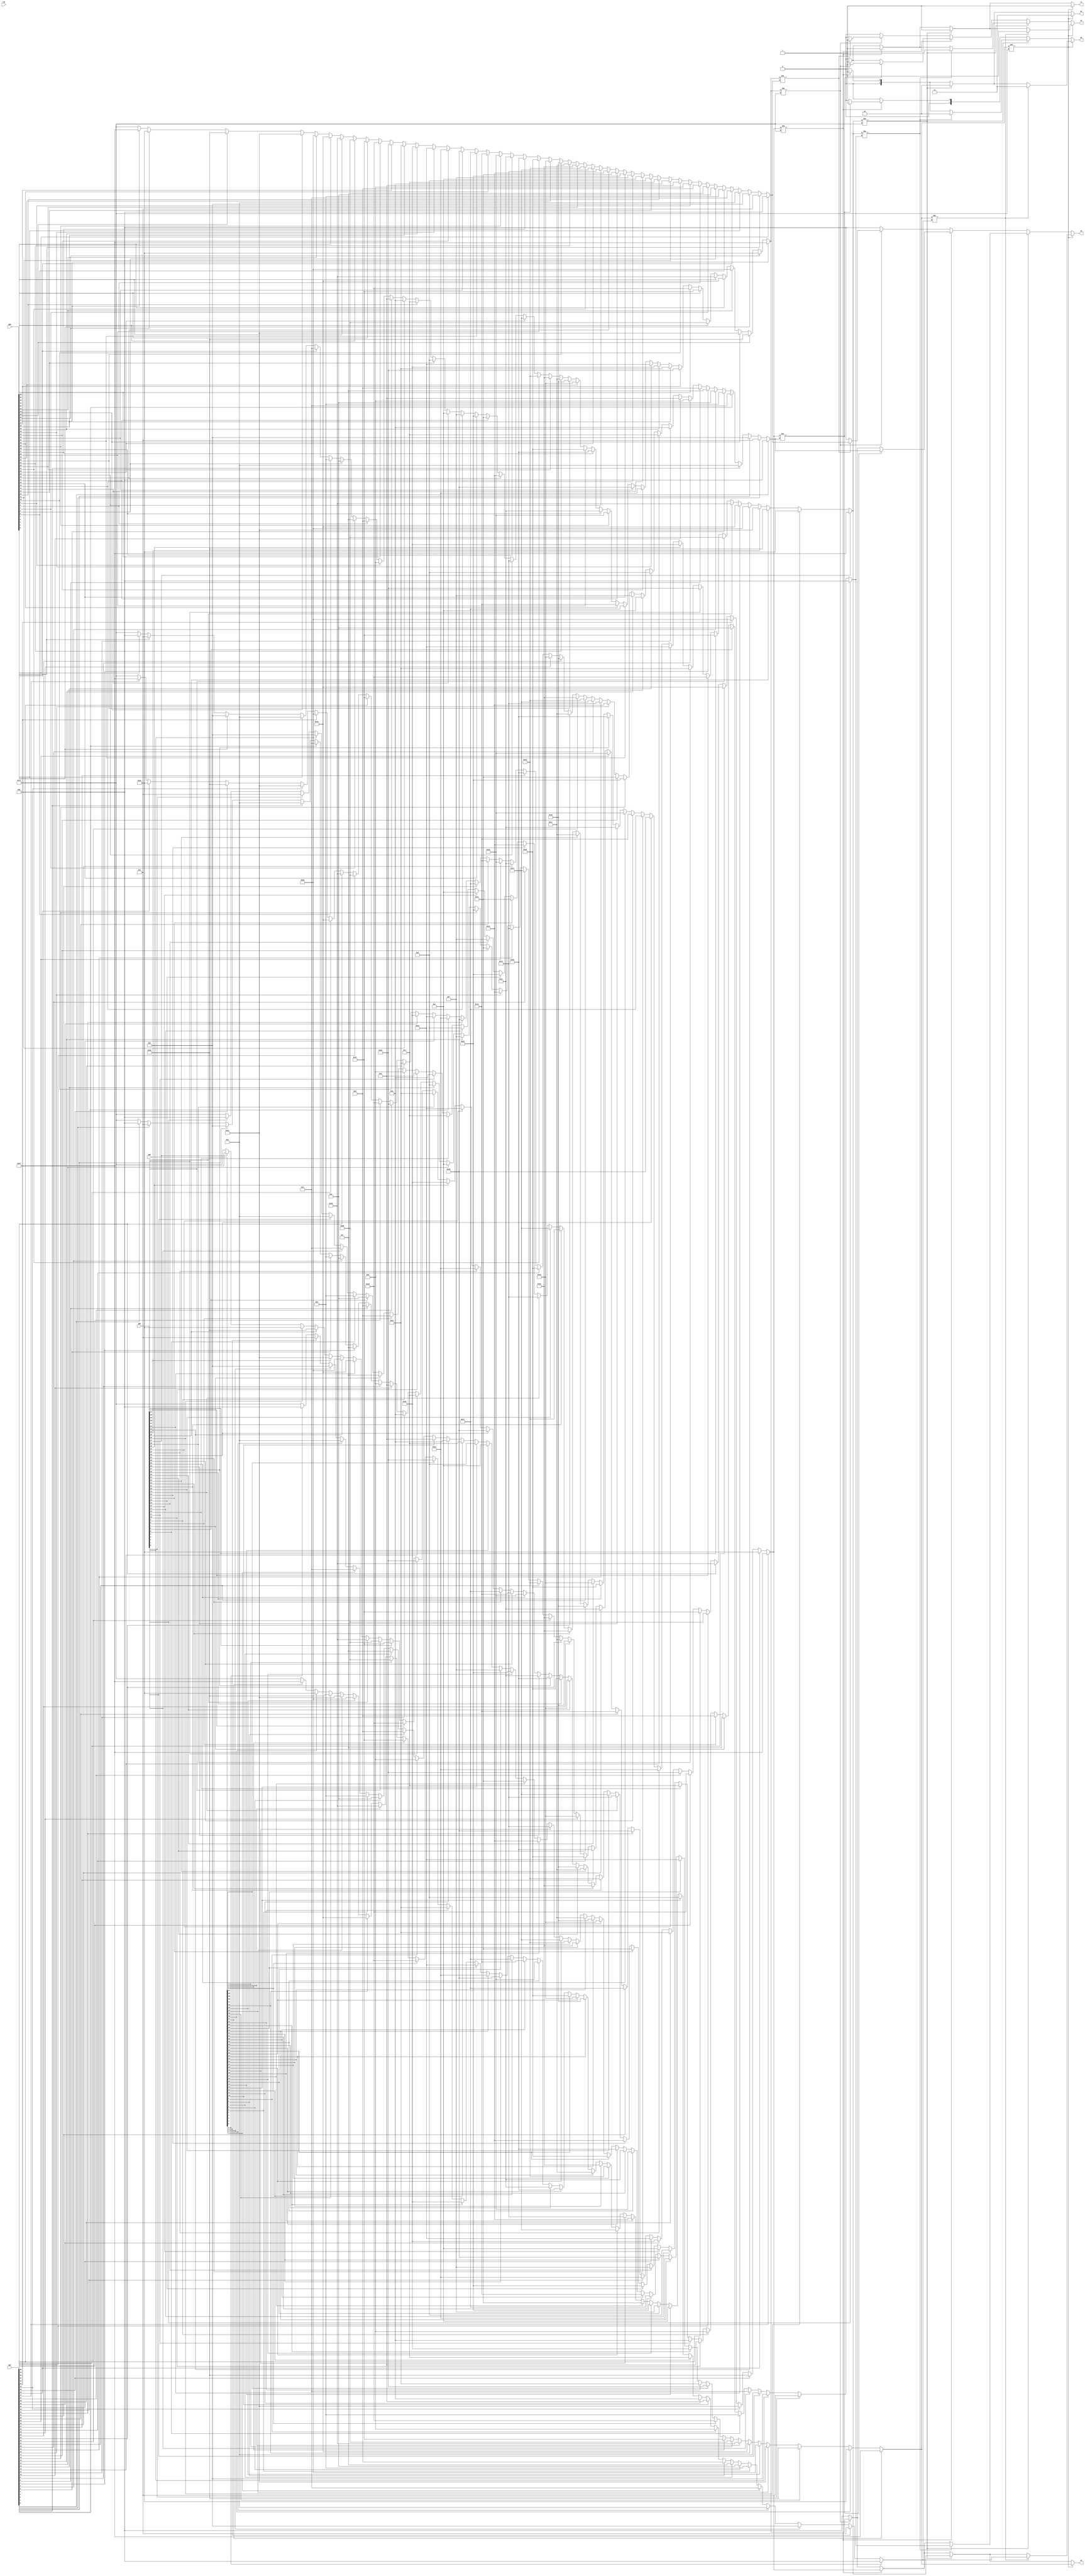
// This  Verilog HDL  source  file was  automatically generated
// by C++ model based on VPP library. Modification of this file
// is possible, but if you want to keep it in sync with the C++
// model,  please  modify  the model and re-generate this file.
// VPP library web-page: http://www.phys.ufl.edu/~madorsky/vpp/

// Timestamp : Mon Sep 10 09:01:41 2012

module collider
(
    qp0,
    qp1,
    qp2,
    qp3,
    w1,
    w2,
    q1,
    q2,
    v1,
    v2,
    clk
);

    input [47:0] qp0;
    input [47:0] qp1;
    input [47:0] qp2;
    input [47:0] qp3;
    output [6:0] w1;
    reg    [6:0] w1;
    output [6:0] w2;
    reg    [6:0] w2;
    output [1:0] q1;
    reg    [1:0] q1;
    output [1:0] q2;
    reg    [1:0] q2;
    output v1;
    reg    v1;
    output v2;
    reg    v2;
    input clk;

    reg [6:0] n3_1;
    reg [6:0] n3_2;
    reg [6:0] n2_1;
    reg [6:0] n2_2;
    reg [6:0] n1_1;
    reg [6:0] n1_2;
    reg [6:0] n0_1;
    reg [6:0] n0_2;
    always @(qp0 or qp1 or qp2 or qp3) 
    begin
        n3_1 = 7'h7f;
        n2_1 = 7'h7f;
        n1_1 = 7'h7f;
        n0_1 = 7'h7f;
        if (qp3[0]) n3_1 = 0;
        if (qp2[0]) n2_1 = 0;
        if (qp1[0]) n1_1 = 0;
        if (qp0[0]) n0_1 = 0;
        if (qp3[1]) n3_1 = 1;
        if (qp2[1]) n2_1 = 1;
        if (qp1[1]) n1_1 = 1;
        if (qp0[1]) n0_1 = 1;
        if (qp3[2]) n3_1 = 2;
        if (qp2[2]) n2_1 = 2;
        if (qp1[2]) n1_1 = 2;
        if (qp0[2]) n0_1 = 2;
        if (qp3[3]) n3_1 = 3;
        if (qp2[3]) n2_1 = 3;
        if (qp1[3]) n1_1 = 3;
        if (qp0[3]) n0_1 = 3;
        if (qp3[4]) n3_1 = 4;
        if (qp2[4]) n2_1 = 4;
        if (qp1[4]) n1_1 = 4;
        if (qp0[4]) n0_1 = 4;
        if (qp3[5]) n3_1 = 5;
        if (qp2[5]) n2_1 = 5;
        if (qp1[5]) n1_1 = 5;
        if (qp0[5]) n0_1 = 5;
        if (qp3[6]) n3_1 = 6;
        if (qp2[6]) n2_1 = 6;
        if (qp1[6]) n1_1 = 6;
        if (qp0[6]) n0_1 = 6;
        if (qp3[7]) n3_1 = 7;
        if (qp2[7]) n2_1 = 7;
        if (qp1[7]) n1_1 = 7;
        if (qp0[7]) n0_1 = 7;
        if (qp3[8]) n3_1 = 8;
        if (qp2[8]) n2_1 = 8;
        if (qp1[8]) n1_1 = 8;
        if (qp0[8]) n0_1 = 8;
        if (qp3[9]) n3_1 = 9;
        if (qp2[9]) n2_1 = 9;
        if (qp1[9]) n1_1 = 9;
        if (qp0[9]) n0_1 = 9;
        if (qp3[10]) n3_1 = 10;
        if (qp2[10]) n2_1 = 10;
        if (qp1[10]) n1_1 = 10;
        if (qp0[10]) n0_1 = 10;
        if (qp3[11]) n3_1 = 11;
        if (qp2[11]) n2_1 = 11;
        if (qp1[11]) n1_1 = 11;
        if (qp0[11]) n0_1 = 11;
        if (qp3[12]) n3_1 = 12;
        if (qp2[12]) n2_1 = 12;
        if (qp1[12]) n1_1 = 12;
        if (qp0[12]) n0_1 = 12;
        if (qp3[13]) n3_1 = 13;
        if (qp2[13]) n2_1 = 13;
        if (qp1[13]) n1_1 = 13;
        if (qp0[13]) n0_1 = 13;
        if (qp3[14]) n3_1 = 14;
        if (qp2[14]) n2_1 = 14;
        if (qp1[14]) n1_1 = 14;
        if (qp0[14]) n0_1 = 14;
        if (qp3[15]) n3_1 = 15;
        if (qp2[15]) n2_1 = 15;
        if (qp1[15]) n1_1 = 15;
        if (qp0[15]) n0_1 = 15;
        if (qp3[16]) n3_1 = 16;
        if (qp2[16]) n2_1 = 16;
        if (qp1[16]) n1_1 = 16;
        if (qp0[16]) n0_1 = 16;
        if (qp3[17]) n3_1 = 17;
        if (qp2[17]) n2_1 = 17;
        if (qp1[17]) n1_1 = 17;
        if (qp0[17]) n0_1 = 17;
        if (qp3[18]) n3_1 = 18;
        if (qp2[18]) n2_1 = 18;
        if (qp1[18]) n1_1 = 18;
        if (qp0[18]) n0_1 = 18;
        if (qp3[19]) n3_1 = 19;
        if (qp2[19]) n2_1 = 19;
        if (qp1[19]) n1_1 = 19;
        if (qp0[19]) n0_1 = 19;
        if (qp3[20]) n3_1 = 20;
        if (qp2[20]) n2_1 = 20;
        if (qp1[20]) n1_1 = 20;
        if (qp0[20]) n0_1 = 20;
        if (qp3[21]) n3_1 = 21;
        if (qp2[21]) n2_1 = 21;
        if (qp1[21]) n1_1 = 21;
        if (qp0[21]) n0_1 = 21;
        if (qp3[22]) n3_1 = 22;
        if (qp2[22]) n2_1 = 22;
        if (qp1[22]) n1_1 = 22;
        if (qp0[22]) n0_1 = 22;
        if (qp3[23]) n3_1 = 23;
        if (qp2[23]) n2_1 = 23;
        if (qp1[23]) n1_1 = 23;
        if (qp0[23]) n0_1 = 23;
        if (qp3[24]) n3_1 = 24;
        if (qp2[24]) n2_1 = 24;
        if (qp1[24]) n1_1 = 24;
        if (qp0[24]) n0_1 = 24;
        if (qp3[25]) n3_1 = 25;
        if (qp2[25]) n2_1 = 25;
        if (qp1[25]) n1_1 = 25;
        if (qp0[25]) n0_1 = 25;
        if (qp3[26]) n3_1 = 26;
        if (qp2[26]) n2_1 = 26;
        if (qp1[26]) n1_1 = 26;
        if (qp0[26]) n0_1 = 26;
        if (qp3[27]) n3_1 = 27;
        if (qp2[27]) n2_1 = 27;
        if (qp1[27]) n1_1 = 27;
        if (qp0[27]) n0_1 = 27;
        if (qp3[28]) n3_1 = 28;
        if (qp2[28]) n2_1 = 28;
        if (qp1[28]) n1_1 = 28;
        if (qp0[28]) n0_1 = 28;
        if (qp3[29]) n3_1 = 29;
        if (qp2[29]) n2_1 = 29;
        if (qp1[29]) n1_1 = 29;
        if (qp0[29]) n0_1 = 29;
        if (qp3[30]) n3_1 = 30;
        if (qp2[30]) n2_1 = 30;
        if (qp1[30]) n1_1 = 30;
        if (qp0[30]) n0_1 = 30;
        if (qp3[31]) n3_1 = 31;
        if (qp2[31]) n2_1 = 31;
        if (qp1[31]) n1_1 = 31;
        if (qp0[31]) n0_1 = 31;
        if (qp3[32]) n3_1 = 32;
        if (qp2[32]) n2_1 = 32;
        if (qp1[32]) n1_1 = 32;
        if (qp0[32]) n0_1 = 32;
        if (qp3[33]) n3_1 = 33;
        if (qp2[33]) n2_1 = 33;
        if (qp1[33]) n1_1 = 33;
        if (qp0[33]) n0_1 = 33;
        if (qp3[34]) n3_1 = 34;
        if (qp2[34]) n2_1 = 34;
        if (qp1[34]) n1_1 = 34;
        if (qp0[34]) n0_1 = 34;
        if (qp3[35]) n3_1 = 35;
        if (qp2[35]) n2_1 = 35;
        if (qp1[35]) n1_1 = 35;
        if (qp0[35]) n0_1 = 35;
        if (qp3[36]) n3_1 = 36;
        if (qp2[36]) n2_1 = 36;
        if (qp1[36]) n1_1 = 36;
        if (qp0[36]) n0_1 = 36;
        if (qp3[37]) n3_1 = 37;
        if (qp2[37]) n2_1 = 37;
        if (qp1[37]) n1_1 = 37;
        if (qp0[37]) n0_1 = 37;
        if (qp3[38]) n3_1 = 38;
        if (qp2[38]) n2_1 = 38;
        if (qp1[38]) n1_1 = 38;
        if (qp0[38]) n0_1 = 38;
        if (qp3[39]) n3_1 = 39;
        if (qp2[39]) n2_1 = 39;
        if (qp1[39]) n1_1 = 39;
        if (qp0[39]) n0_1 = 39;
        if (qp3[40]) n3_1 = 40;
        if (qp2[40]) n2_1 = 40;
        if (qp1[40]) n1_1 = 40;
        if (qp0[40]) n0_1 = 40;
        if (qp3[41]) n3_1 = 41;
        if (qp2[41]) n2_1 = 41;
        if (qp1[41]) n1_1 = 41;
        if (qp0[41]) n0_1 = 41;
        if (qp3[42]) n3_1 = 42;
        if (qp2[42]) n2_1 = 42;
        if (qp1[42]) n1_1 = 42;
        if (qp0[42]) n0_1 = 42;
        if (qp3[43]) n3_1 = 43;
        if (qp2[43]) n2_1 = 43;
        if (qp1[43]) n1_1 = 43;
        if (qp0[43]) n0_1 = 43;
        if (qp3[44]) n3_1 = 44;
        if (qp2[44]) n2_1 = 44;
        if (qp1[44]) n1_1 = 44;
        if (qp0[44]) n0_1 = 44;
        if (qp3[45]) n3_1 = 45;
        if (qp2[45]) n2_1 = 45;
        if (qp1[45]) n1_1 = 45;
        if (qp0[45]) n0_1 = 45;
        if (qp3[46]) n3_1 = 46;
        if (qp2[46]) n2_1 = 46;
        if (qp1[46]) n1_1 = 46;
        if (qp0[46]) n0_1 = 46;
        if (qp3[47]) n3_1 = 47;
        if (qp2[47]) n2_1 = 47;
        if (qp1[47]) n1_1 = 47;
        if (qp0[47]) n0_1 = 47;
        n3_2 = 7'h7f;
        n2_2 = 7'h7f;
        n1_2 = 7'h7f;
        n0_2 = 7'h7f;
        if (qp3[47]) n3_2 = 47;
        if (qp2[47]) n2_2 = 47;
        if (qp1[47]) n1_2 = 47;
        if (qp0[47]) n0_2 = 47;
        if (qp3[46]) n3_2 = 46;
        if (qp2[46]) n2_2 = 46;
        if (qp1[46]) n1_2 = 46;
        if (qp0[46]) n0_2 = 46;
        if (qp3[45]) n3_2 = 45;
        if (qp2[45]) n2_2 = 45;
        if (qp1[45]) n1_2 = 45;
        if (qp0[45]) n0_2 = 45;
        if (qp3[44]) n3_2 = 44;
        if (qp2[44]) n2_2 = 44;
        if (qp1[44]) n1_2 = 44;
        if (qp0[44]) n0_2 = 44;
        if (qp3[43]) n3_2 = 43;
        if (qp2[43]) n2_2 = 43;
        if (qp1[43]) n1_2 = 43;
        if (qp0[43]) n0_2 = 43;
        if (qp3[42]) n3_2 = 42;
        if (qp2[42]) n2_2 = 42;
        if (qp1[42]) n1_2 = 42;
        if (qp0[42]) n0_2 = 42;
        if (qp3[41]) n3_2 = 41;
        if (qp2[41]) n2_2 = 41;
        if (qp1[41]) n1_2 = 41;
        if (qp0[41]) n0_2 = 41;
        if (qp3[40]) n3_2 = 40;
        if (qp2[40]) n2_2 = 40;
        if (qp1[40]) n1_2 = 40;
        if (qp0[40]) n0_2 = 40;
        if (qp3[39]) n3_2 = 39;
        if (qp2[39]) n2_2 = 39;
        if (qp1[39]) n1_2 = 39;
        if (qp0[39]) n0_2 = 39;
        if (qp3[38]) n3_2 = 38;
        if (qp2[38]) n2_2 = 38;
        if (qp1[38]) n1_2 = 38;
        if (qp0[38]) n0_2 = 38;
        if (qp3[37]) n3_2 = 37;
        if (qp2[37]) n2_2 = 37;
        if (qp1[37]) n1_2 = 37;
        if (qp0[37]) n0_2 = 37;
        if (qp3[36]) n3_2 = 36;
        if (qp2[36]) n2_2 = 36;
        if (qp1[36]) n1_2 = 36;
        if (qp0[36]) n0_2 = 36;
        if (qp3[35]) n3_2 = 35;
        if (qp2[35]) n2_2 = 35;
        if (qp1[35]) n1_2 = 35;
        if (qp0[35]) n0_2 = 35;
        if (qp3[34]) n3_2 = 34;
        if (qp2[34]) n2_2 = 34;
        if (qp1[34]) n1_2 = 34;
        if (qp0[34]) n0_2 = 34;
        if (qp3[33]) n3_2 = 33;
        if (qp2[33]) n2_2 = 33;
        if (qp1[33]) n1_2 = 33;
        if (qp0[33]) n0_2 = 33;
        if (qp3[32]) n3_2 = 32;
        if (qp2[32]) n2_2 = 32;
        if (qp1[32]) n1_2 = 32;
        if (qp0[32]) n0_2 = 32;
        if (qp3[31]) n3_2 = 31;
        if (qp2[31]) n2_2 = 31;
        if (qp1[31]) n1_2 = 31;
        if (qp0[31]) n0_2 = 31;
        if (qp3[30]) n3_2 = 30;
        if (qp2[30]) n2_2 = 30;
        if (qp1[30]) n1_2 = 30;
        if (qp0[30]) n0_2 = 30;
        if (qp3[29]) n3_2 = 29;
        if (qp2[29]) n2_2 = 29;
        if (qp1[29]) n1_2 = 29;
        if (qp0[29]) n0_2 = 29;
        if (qp3[28]) n3_2 = 28;
        if (qp2[28]) n2_2 = 28;
        if (qp1[28]) n1_2 = 28;
        if (qp0[28]) n0_2 = 28;
        if (qp3[27]) n3_2 = 27;
        if (qp2[27]) n2_2 = 27;
        if (qp1[27]) n1_2 = 27;
        if (qp0[27]) n0_2 = 27;
        if (qp3[26]) n3_2 = 26;
        if (qp2[26]) n2_2 = 26;
        if (qp1[26]) n1_2 = 26;
        if (qp0[26]) n0_2 = 26;
        if (qp3[25]) n3_2 = 25;
        if (qp2[25]) n2_2 = 25;
        if (qp1[25]) n1_2 = 25;
        if (qp0[25]) n0_2 = 25;
        if (qp3[24]) n3_2 = 24;
        if (qp2[24]) n2_2 = 24;
        if (qp1[24]) n1_2 = 24;
        if (qp0[24]) n0_2 = 24;
        if (qp3[23]) n3_2 = 23;
        if (qp2[23]) n2_2 = 23;
        if (qp1[23]) n1_2 = 23;
        if (qp0[23]) n0_2 = 23;
        if (qp3[22]) n3_2 = 22;
        if (qp2[22]) n2_2 = 22;
        if (qp1[22]) n1_2 = 22;
        if (qp0[22]) n0_2 = 22;
        if (qp3[21]) n3_2 = 21;
        if (qp2[21]) n2_2 = 21;
        if (qp1[21]) n1_2 = 21;
        if (qp0[21]) n0_2 = 21;
        if (qp3[20]) n3_2 = 20;
        if (qp2[20]) n2_2 = 20;
        if (qp1[20]) n1_2 = 20;
        if (qp0[20]) n0_2 = 20;
        if (qp3[19]) n3_2 = 19;
        if (qp2[19]) n2_2 = 19;
        if (qp1[19]) n1_2 = 19;
        if (qp0[19]) n0_2 = 19;
        if (qp3[18]) n3_2 = 18;
        if (qp2[18]) n2_2 = 18;
        if (qp1[18]) n1_2 = 18;
        if (qp0[18]) n0_2 = 18;
        if (qp3[17]) n3_2 = 17;
        if (qp2[17]) n2_2 = 17;
        if (qp1[17]) n1_2 = 17;
        if (qp0[17]) n0_2 = 17;
        if (qp3[16]) n3_2 = 16;
        if (qp2[16]) n2_2 = 16;
        if (qp1[16]) n1_2 = 16;
        if (qp0[16]) n0_2 = 16;
        if (qp3[15]) n3_2 = 15;
        if (qp2[15]) n2_2 = 15;
        if (qp1[15]) n1_2 = 15;
        if (qp0[15]) n0_2 = 15;
        if (qp3[14]) n3_2 = 14;
        if (qp2[14]) n2_2 = 14;
        if (qp1[14]) n1_2 = 14;
        if (qp0[14]) n0_2 = 14;
        if (qp3[13]) n3_2 = 13;
        if (qp2[13]) n2_2 = 13;
        if (qp1[13]) n1_2 = 13;
        if (qp0[13]) n0_2 = 13;
        if (qp3[12]) n3_2 = 12;
        if (qp2[12]) n2_2 = 12;
        if (qp1[12]) n1_2 = 12;
        if (qp0[12]) n0_2 = 12;
        if (qp3[11]) n3_2 = 11;
        if (qp2[11]) n2_2 = 11;
        if (qp1[11]) n1_2 = 11;
        if (qp0[11]) n0_2 = 11;
        if (qp3[10]) n3_2 = 10;
        if (qp2[10]) n2_2 = 10;
        if (qp1[10]) n1_2 = 10;
        if (qp0[10]) n0_2 = 10;
        if (qp3[9]) n3_2 = 9;
        if (qp2[9]) n2_2 = 9;
        if (qp1[9]) n1_2 = 9;
        if (qp0[9]) n0_2 = 9;
        if (qp3[8]) n3_2 = 8;
        if (qp2[8]) n2_2 = 8;
        if (qp1[8]) n1_2 = 8;
        if (qp0[8]) n0_2 = 8;
        if (qp3[7]) n3_2 = 7;
        if (qp2[7]) n2_2 = 7;
        if (qp1[7]) n1_2 = 7;
        if (qp0[7]) n0_2 = 7;
        if (qp3[6]) n3_2 = 6;
        if (qp2[6]) n2_2 = 6;
        if (qp1[6]) n1_2 = 6;
        if (qp0[6]) n0_2 = 6;
        if (qp3[5]) n3_2 = 5;
        if (qp2[5]) n2_2 = 5;
        if (qp1[5]) n1_2 = 5;
        if (qp0[5]) n0_2 = 5;
        if (qp3[4]) n3_2 = 4;
        if (qp2[4]) n2_2 = 4;
        if (qp1[4]) n1_2 = 4;
        if (qp0[4]) n0_2 = 4;
        if (qp3[3]) n3_2 = 3;
        if (qp2[3]) n2_2 = 3;
        if (qp1[3]) n1_2 = 3;
        if (qp0[3]) n0_2 = 3;
        if (qp3[2]) n3_2 = 2;
        if (qp2[2]) n2_2 = 2;
        if (qp1[2]) n1_2 = 2;
        if (qp0[2]) n0_2 = 2;
        if (qp3[1]) n3_2 = 1;
        if (qp2[1]) n2_2 = 1;
        if (qp1[1]) n1_2 = 1;
        if (qp0[1]) n0_2 = 1;
        if (qp3[0]) n3_2 = 0;
        if (qp2[0]) n2_2 = 0;
        if (qp1[0]) n1_2 = 0;
        if (qp0[0]) n0_2 = 0;
        q1 = 0;
        q2 = 0;
        w1 = 0;
        w2 = 0;
        v1 = 0;
        v2 = 0;
        if (n3_1 != 7'h7f) 
        begin
            w1 = n3_1;
            q1 = 3;
            v1 = 1;
            if (n3_1 != n3_2) 
            begin
                w2 = n3_2;
                q2 = 3;
                v2 = 1;
            end
            else if (n2_1 != 7'h7f) 
            begin
                w2 = n2_1;
                q2 = 2;
                v2 = 1;
            end
            else if (n1_1 != 7'h7f) 
            begin
                w2 = n1_1;
                q2 = 1;
                v2 = 1;
            end
            else if (n0_1 != 7'h7f) 
            begin
                w2 = n0_1;
                q2 = 0;
                v2 = 1;
            end
        end
        else 
        begin
            if (n2_1 != 7'h7f) 
            begin
                w1 = n2_1;
                q1 = 2;
                v1 = 1;
                if (n2_1 != n2_2) 
                begin
                    w2 = n2_2;
                    q2 = 2;
                    v2 = 1;
                end
                else if (n1_1 != 7'h7f) 
                begin
                    w2 = n1_1;
                    q2 = 1;
                    v2 = 1;
                end
                else if (n0_1 != 7'h7f) 
                begin
                    w2 = n0_1;
                    q2 = 0;
                    v2 = 1;
                end
            end
            else 
            begin
                if (n1_1 != 7'h7f) 
                begin
                    w1 = n1_1;
                    q1 = 1;
                    v1 = 1;
                    if (n1_1 != n1_2) 
                    begin
                        w2 = n1_2;
                        q2 = 1;
                        v2 = 1;
                    end
                    else if (n0_1 != 7'h7f) 
                    begin
                        w2 = n0_1;
                        q2 = 0;
                        v2 = 1;
                    end
                end
                else 
                begin
                    if (n0_1 != 7'h7f) 
                    begin
                        w1 = n0_1;
                        q1 = 0;
                        v1 = 1;
                        if (n0_1 != n0_2) 
                        begin
                            w2 = n0_2;
                            q2 = 0;
                            v2 = 1;
                        end
                    end
                end
            end
        end
    end
endmodule